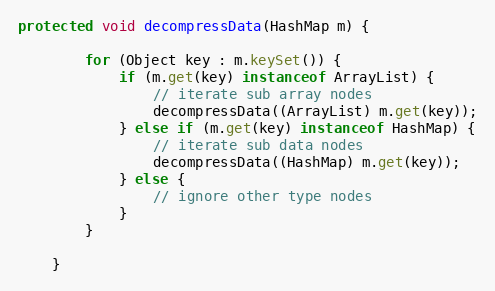
Language: Java
protected void decompressData(HashMap m) {

        for (Object key : m.keySet()) {
            if (m.get(key) instanceof ArrayList) {
                // iterate sub array nodes
                decompressData((ArrayList) m.get(key));
            } else if (m.get(key) instanceof HashMap) {
                // iterate sub data nodes
                decompressData((HashMap) m.get(key));
            } else {
                // ignore other type nodes
            }
        }

    }